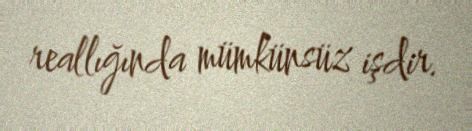
reallığında mümkünsüz işdir.